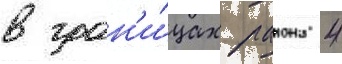
в гран'и́цах раиона 4